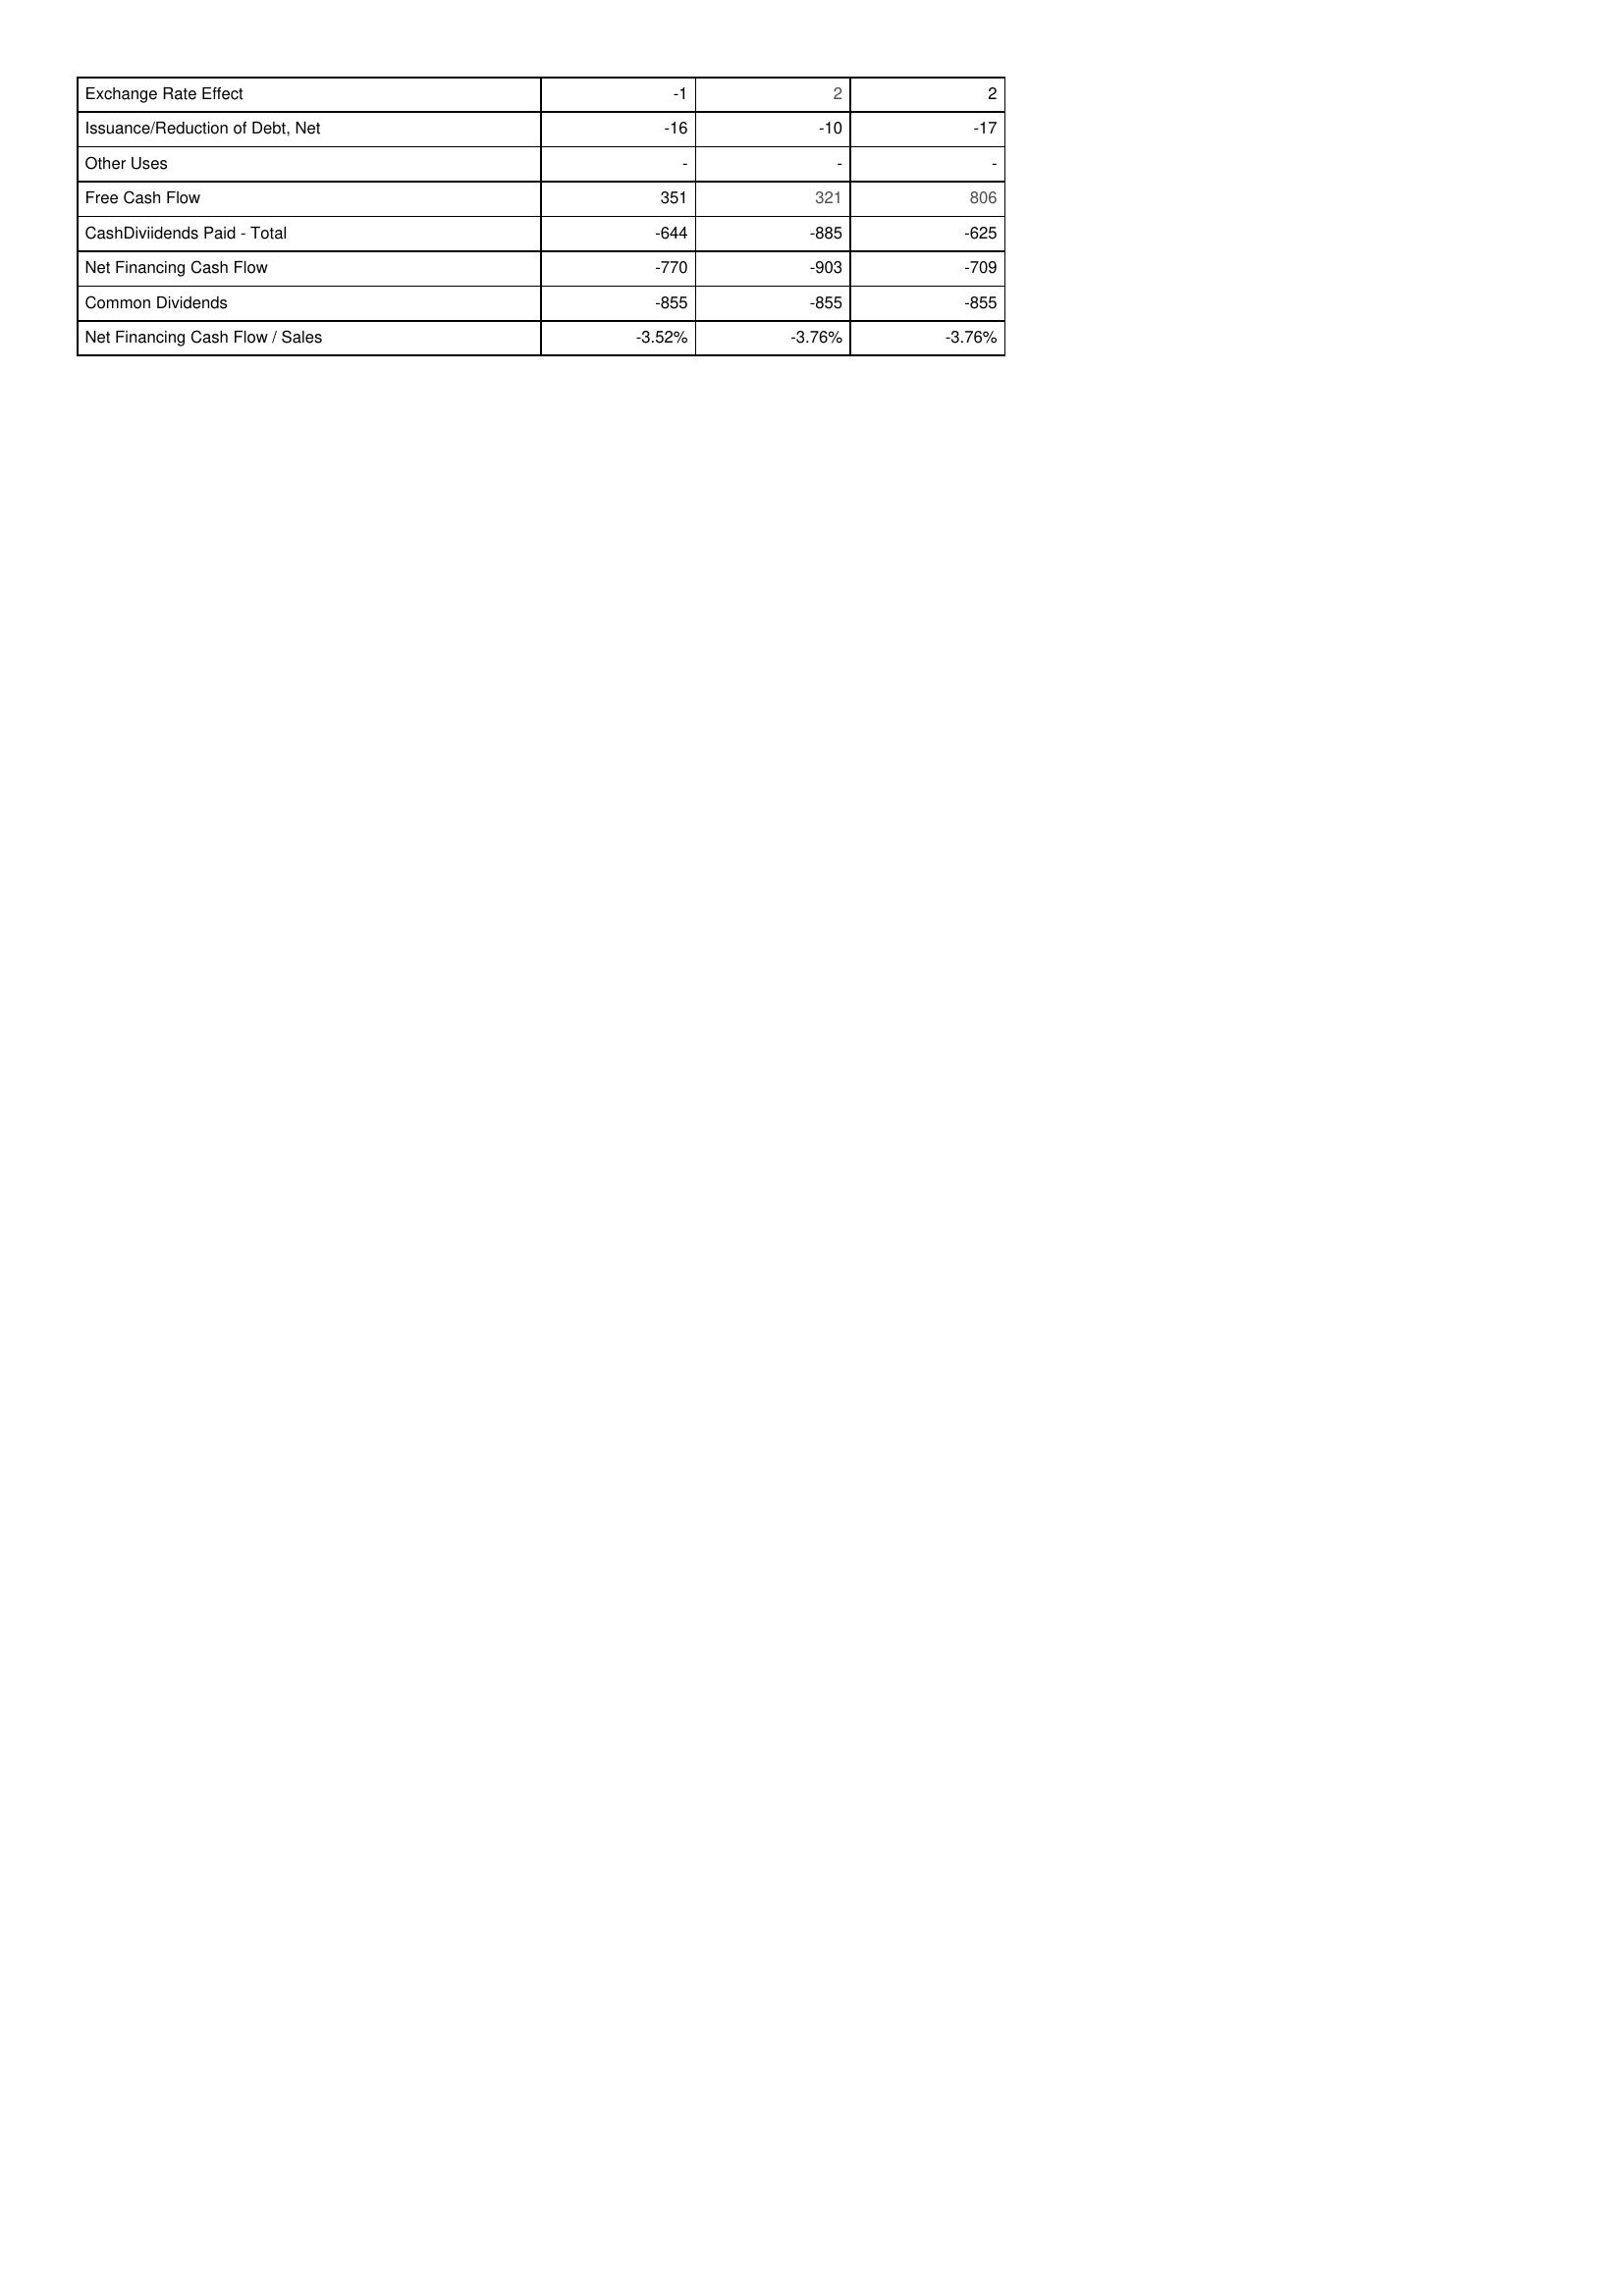
2010: Financing Activities: Exchange Rate Effect: -1
Issuance/Reduction of Debt, Net: -16
Other Uses: -
Free Cash Flow: 351
CashDiviidends Paid - Total: -644
Net Financing Cash Flow: -770
Common Dividends: -855
Net Financing Cash Flow / Sales: -3.52%
2011: Financing Activities: Exchange Rate Effect: 2
Issuance/Reduction of Debt, Net: -10
Other Uses: -
Free Cash Flow: 321
CashDiviidends Paid - Total: -885
Net Financing Cash Flow: -903
Common Dividends: -855
Net Financing Cash Flow / Sales: -3.76%
2012: Financing Activities: Exchange Rate Effect: 2
Issuance/Reduction of Debt, Net: -17
Other Uses: -
Free Cash Flow: 806
CashDiviidends Paid - Total: -625
Net Financing Cash Flow: -709
Common Dividends: -855
Net Financing Cash Flow / Sales: -3.76%